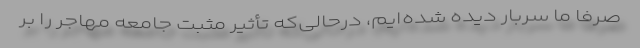
صرفا ما سربار دیده شده‌ایم، درحالی‌که تأثیر مثبت جامعه مهاجر را بر